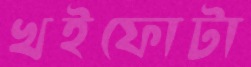
খইফোটা